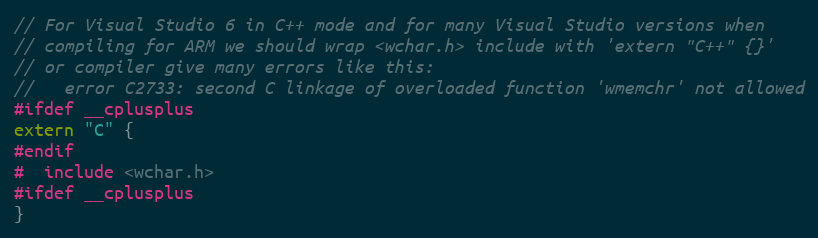
Language: C
// For Visual Studio 6 in C++ mode and for many Visual Studio versions when
// compiling for ARM we should wrap <wchar.h> include with 'extern "C++" {}'
// or compiler give many errors like this:
//   error C2733: second C linkage of overloaded function 'wmemchr' not allowed
#ifdef __cplusplus
extern "C" {
#endif
#  include <wchar.h>
#ifdef __cplusplus
}